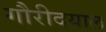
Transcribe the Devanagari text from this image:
गौरीदयाल